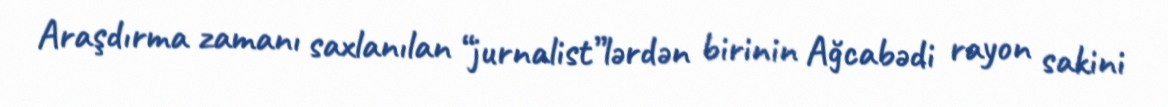
Araşdırma zamanı saxlanılan “jurnalist”lərdən birinin Ağcabədi rayon sakini